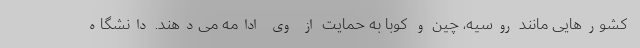
کشورهایی مانند روسیه، چین و کوبا به حمایت از وی ادامه می‌دهند. دانشگاه